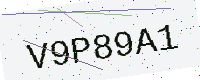
Text: V9P89A1